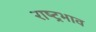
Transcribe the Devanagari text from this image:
राष्ट्रभाव